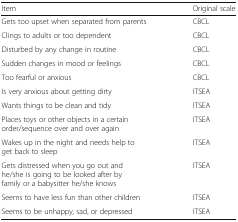
<table><thead><tr><td><b>Item</b></td><td><b>Original scale</b></td></tr></thead><tbody><tr><td>Gets too upset when separated from parents</td><td>CBCL</td></tr><tr><td>Clings to adults or too dependent</td><td>CBCL</td></tr><tr><td>Disturbed by any change in routine</td><td>CBCL</td></tr><tr><td>Sudden changes in mood or feelings</td><td>CBCL</td></tr><tr><td>Too fearful or anxious</td><td>CBCL</td></tr><tr><td>Is very anxious about getting dirty</td><td>ITSEA</td></tr><tr><td>Wants things to be clean and tidy</td><td>ITSEA</td></tr><tr><td>Places toys or other objects in a certain order/sequence over and over again</td><td>ITSEA</td></tr><tr><td>Wakes up in the night and needs help to get back to sleep</td><td>ITSEA</td></tr><tr><td>Gets distressed when you go out and he/she is going to be looked after by family or a babysitter he/she knows</td><td>ITSEA</td></tr><tr><td>Seems to have less fun than other children</td><td>ITSEA</td></tr><tr><td>Seems to be unhappy, sad, or depressed</td><td>ITSEA</td></tr></tbody></table>